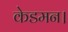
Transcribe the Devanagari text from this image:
केडमन।